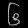
Digit: ၆